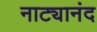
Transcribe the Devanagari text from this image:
नाट्यानंद